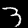
Digit: 3